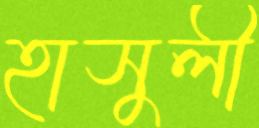
হাসুলী